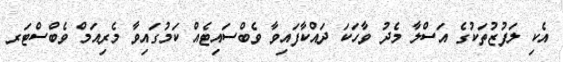
އެކި ލަފުޒުތަކުގެ އަސްލާ މެދު ވާހަކަ ދައްކާފައިވާ ވެބްސައިޓެއް ކަމުގައިވާ މެރިއަމް ވެބްސްޓަރ